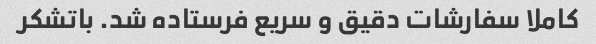
کاملا سفارشات دقیق و سریع فرستاده شد. باتشکر